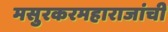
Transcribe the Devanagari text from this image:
मसुरकरमहाराजांची